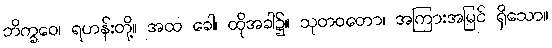
ဘိက္ခဝေ၊ ရဟန်းတို့။ အထ ခေါ၊ ထိုအခါ၌။ သုတဝတော၊ အကြားအမြင် ရှိသော။